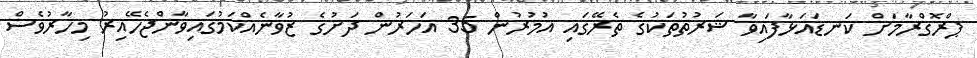
ޕްރޮގްރާމަށް ކަނޑައަޅާފައިވާ ޝަރުތުތަކުގެ ތެރޭގައި އުމުރުން 35 އަހަރުން ދަށުގެ ޒުވާނެއްކަމުގައިވާންޖެހޭއިރު މިހާރުވެސް